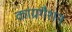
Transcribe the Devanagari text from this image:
कांग्रगैशन